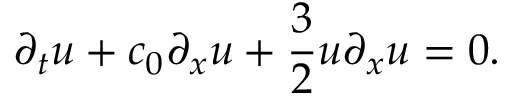
\partial _ { t } u + c _ { 0 } \partial _ { x } u + \frac { 3 } { 2 } u \partial _ { x } u = 0 .